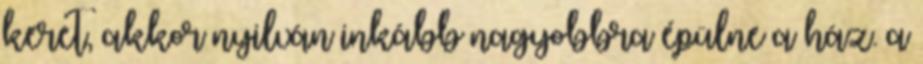
keret, akkor nyilván inkább nagyobbra épülne a ház. a